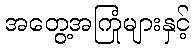
အတွေ့အကြုံများနှင့်